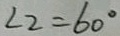
\angle 2 = 6 0 ^ { \circ }